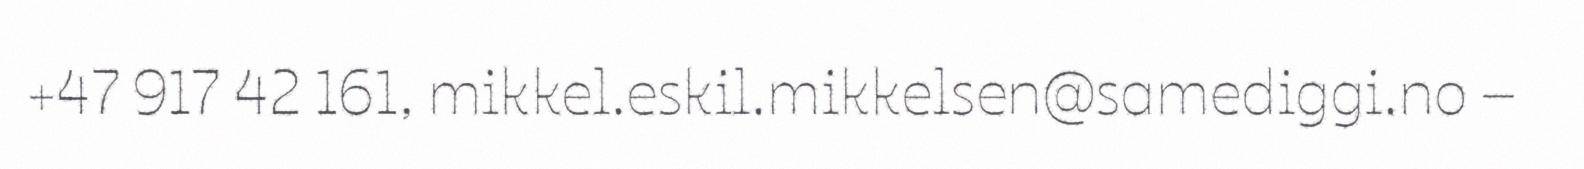
+47 917 42 161, mikkel.eskil.mikkelsen@samediggi.no –